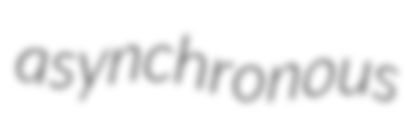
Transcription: asynchronous